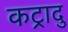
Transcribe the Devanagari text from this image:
कट्रादु